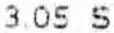
3.05 S